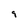
Character: 9